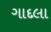
ગાદલા